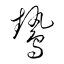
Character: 鷙